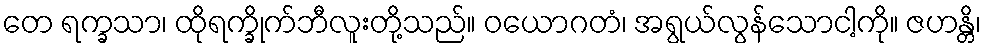
တေ ရက္ခသာ၊ ထိုရက္ခိုက်ဘီလူးတို့သည်။ ဝယောဂတံ၊ အရွယ်လွန်သောငါ့ကို။ ဇဟန္တိ၊